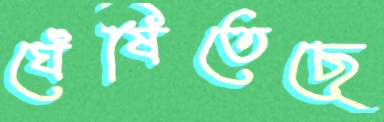
ঘেঁষিতেছে